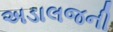
અડાલજની